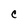
Character: C